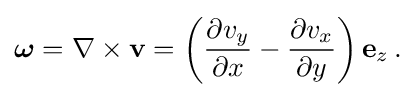
{\begin{aligned}{\boldsymbol {\omega }}=\nabla \times \mathbf {v} =\left({\frac {\partial v_{y}}{\partial x}}-{\frac {\partial v_{x}}{\partial y}}\right)\mathbf {e} _{z}\,.\end{aligned}}